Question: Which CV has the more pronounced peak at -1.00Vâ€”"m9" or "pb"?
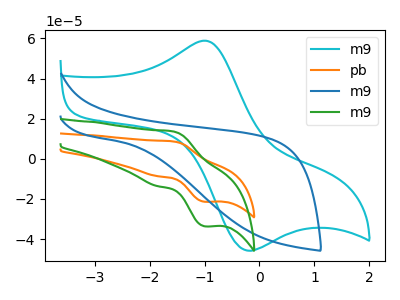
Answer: <think>The cyan curve "m9" has an anodic peak at (-1.00V, 58.90uA) and a cathodic peak at (-0.25V, -45.40uA). The orange curve "pb" has an anodic peak at (-1.60V, 8.70uA) and a cathodic peak at (-1.00V, -21.45uA). The blue curve "m9" has no peaks. The green curve "m9" has an anodic peak at (-1.60V, 13.70uA) and a cathodic peak at (-1.00V, -33.65uA).</think>
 <answer>The peak at -1.00V is higher in "m9" than in "pb".</answer>
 <eval>higher</eval>